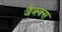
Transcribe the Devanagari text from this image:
जैक्क्स